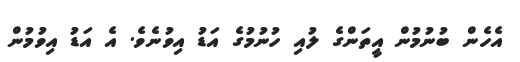
އެހެން ބުނުމުން އީތަންގެ ލުއި ހުނުމުގެ އަޑު އިވުނެވެ. އެ އަޑު އިވުމުން